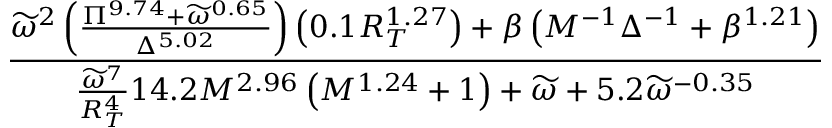
\frac { \widetilde { \omega } ^ { 2 } \left( \frac { \Pi ^ { 9 . 7 4 } + \widetilde { \omega } ^ { 0 . 6 5 } } { \Delta ^ { 5 . 0 2 } } \right) \left( 0 . 1 R _ { T } ^ { 1 . 2 7 } \right) + \beta \left( M ^ { - 1 } \Delta ^ { - 1 } + \beta ^ { 1 . 2 1 } \right) } { \frac { \widetilde { \omega } ^ { 7 } } { R _ { T } ^ { 4 } } 1 4 . 2 M ^ { 2 . 9 6 } \left( M ^ { 1 . 2 4 } + 1 \right) + \widetilde \omega + 5 . 2 \widetilde \omega ^ { - 0 . 3 5 } }